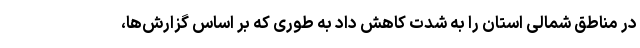
در مناطق شمالی استان را به شدت کاهش داد به طوری که بر اساس گزارش‌ها،